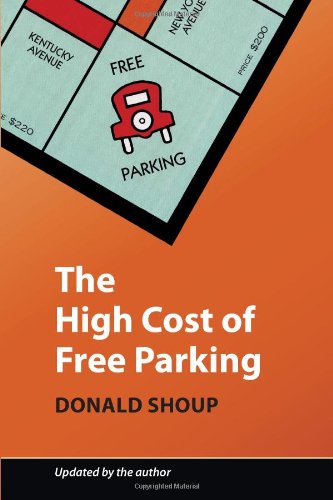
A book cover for The High Cost of Free Parking, Updated Edition; Donald Shoup; Arts & Photography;